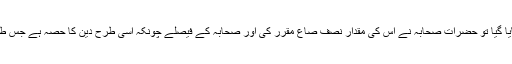
اس لئے جب گندم کو پیمانہ بنایا گیا تو حضراتِ صحابہ نے اس کی مقدار نصف صاع مقرر کی اور صحابہ کے فیصلے چونکہ اسی طرح دین کا حصہ ہے جس طرح خود ارشادِ نبوی ؐ ہوتا ہے۔